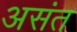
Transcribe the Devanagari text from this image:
असंत